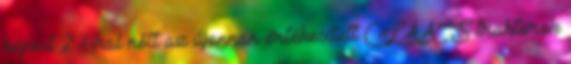
képest 2 %-kal nőtt az újonnan értékesített CLAAS traktorok